Insane asylums in Bengal annual reports 1867-1875 - 1867-1875
Year: 1867
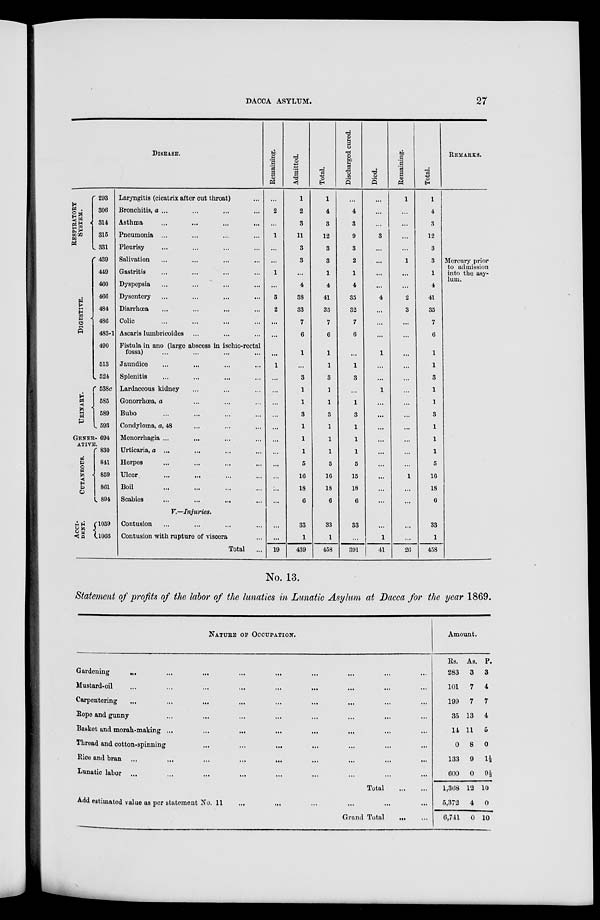
DACCA ASYLUM.
27
DISEASE.
RESPIRATORY
SYSTEM.
DIGESTIVE.
URINARY.
293
306
314
315
331
439
449
460
466
484
486
483-1
490
513
524
538c
585
589
593
GENER- 694
ATIVE.
CUTANEOUS.
ACCI-
DENT.
830
841
859
861
894
1059
1066
Laryngitis (cicatrix after cut throat) ...
Bronchitis, a... ... ... ...
Asthma ... ... ... ...
Pneumonia ... ... ... ...
Pleurisy ... ... ... ...
Salivation ... ... ... ...
Gastritis ... ... ... ...
Dyspepsia ... ... ... ...
Dysentery ... ... ... ...
Diarrhœa ... ... ... ...
Colic ... ... ... ...
Ascaris lumbricoides ... ... ...
Fistula in ano (large abscess in ischio-rectal
fossa) ... ... ... ...
Jaundice ... ... ... ...
Splenitis ... ... ... ...
Lardaceous kidney ... ... ...
Gonorrhœa, a ... ... ...
Bubo ... ... ... ...
Condyloma, a, 48 ... ... ...
Menorrhagia ... ... ... ...
Urticaria, a ... ... ... ...
Herpes ... ... ... ...
Ulcer ... ... ... ...
Boil ... ... ... ...
Scabies ... ... ... ...
V.—Injuries.
Contusion ... ... ... ...
Contusion with rupture of viscera ...
Total
...
Remaining.
...
2
...
1
...
...
1
...
3
2
...
...
...
1
...
...
...
...
...
...
...
...
...
...
...
...
...
19
Admitted.
1
2
3
11
3
3
...
4
38
33
7
6
1
...
3
1
1
3
1
1
1
5
16
18
6
33
1
439
Total.
1
4
3
12
3
3
1
4
41
35
7
6
1
1
3
1
1
3
1
1
1
5
16
18
6
33
1
458
Discharged cured.
...
4
3
9
3
2
1
4
35
32
7
6
...
1
3
...
1
3
1
1
1
5
15
18
6
33
...
391
Died.
...
...
...
3
...
...
...
...
4
...
...
...
1
...
...
1
...
...
...
...
...
...
...
...
...
...
1
41
Remaining.
1
...
...
...
...
1
...
...
2
3
...
...
...
...
...
...
...
...
...
...
...
...
1
...
...
...
...
26
Total.
1
4
3
12
3
3
1
4
41
35
7
6
1
1
3
1
1
3
1
1
1
5
16
18
6
33
1
458
REMARKS.
Mercury prior
to admission
into the asy-
lum.
No. 13.
Statement of profits of the labor of the lunatics in Lunatic Asylum at Dacca for the year 1869.
NATURE OF OCCUPATION.
Gardening ... ... ... ... ... ... ... ... ...
Mustard-oil ... ... ... ... ... ... ... ... ...
Carpentering ... ... ... ... ... ... ... ... ...
Rope and gunny
...
...
...
...
...
...
...
Basket and morah-making ... ... ... ... ... ... ... ... ...
Thread and cotton-spinning
...
...
...
... ... ... ... ...
Rice and bran ... ... ... ... ...
...
...
...
Lunatic labor ... ... ... ... ... ... ... ... ...
Total
...
...
Add estimated value as per statement No.11 ... ... ... ... ... ...
Grand Total
...
...
Amount.
Rs.
283
101
199
35
14
0
133
600
1,368
5,372
6,741
As.
3
7
7
13
11
8
9
0
12
4
0
P.
3
4
7
4
5
0
1½
9½
10
0
10